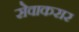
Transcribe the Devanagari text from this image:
सेवाकरार